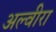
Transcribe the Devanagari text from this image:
अल्वीरा